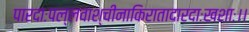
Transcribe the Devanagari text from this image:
पारदाःपल्लवाश्चीनाकिरातादारदाःखशाः।।